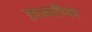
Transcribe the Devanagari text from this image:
लक्ष्मींच्या